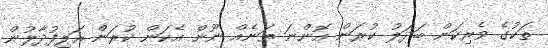
ތަކުގެ ވެރިކަން ބަދަލު ކުރަން އޮންނަ ތަނެއް ނޫން އެކަން ކުރަން އަލިފުދާލުން